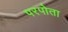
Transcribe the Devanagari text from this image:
परपोता